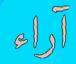
آراء